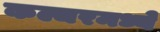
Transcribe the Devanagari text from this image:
कल्चरमध्ये